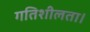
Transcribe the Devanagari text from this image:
गतिशीलता।